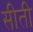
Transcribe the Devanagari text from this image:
सीती